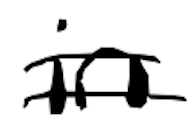
Text: in
Cross-out: double-line
Writing tool: digital_black